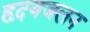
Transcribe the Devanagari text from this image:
हृदयजलन